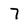
Character: 7